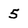
Character: 5